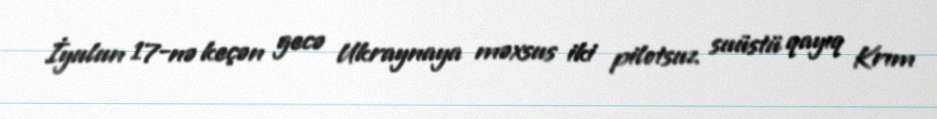
İyulun 17-nə keçən gecə Ukraynaya məxsus iki pilotsuz suüstü qayıq Krım